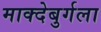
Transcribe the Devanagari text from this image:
माक्देबुर्गला